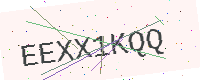
Text: EEXX1KQQ